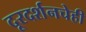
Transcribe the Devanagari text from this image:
दूरदर्शनचेही